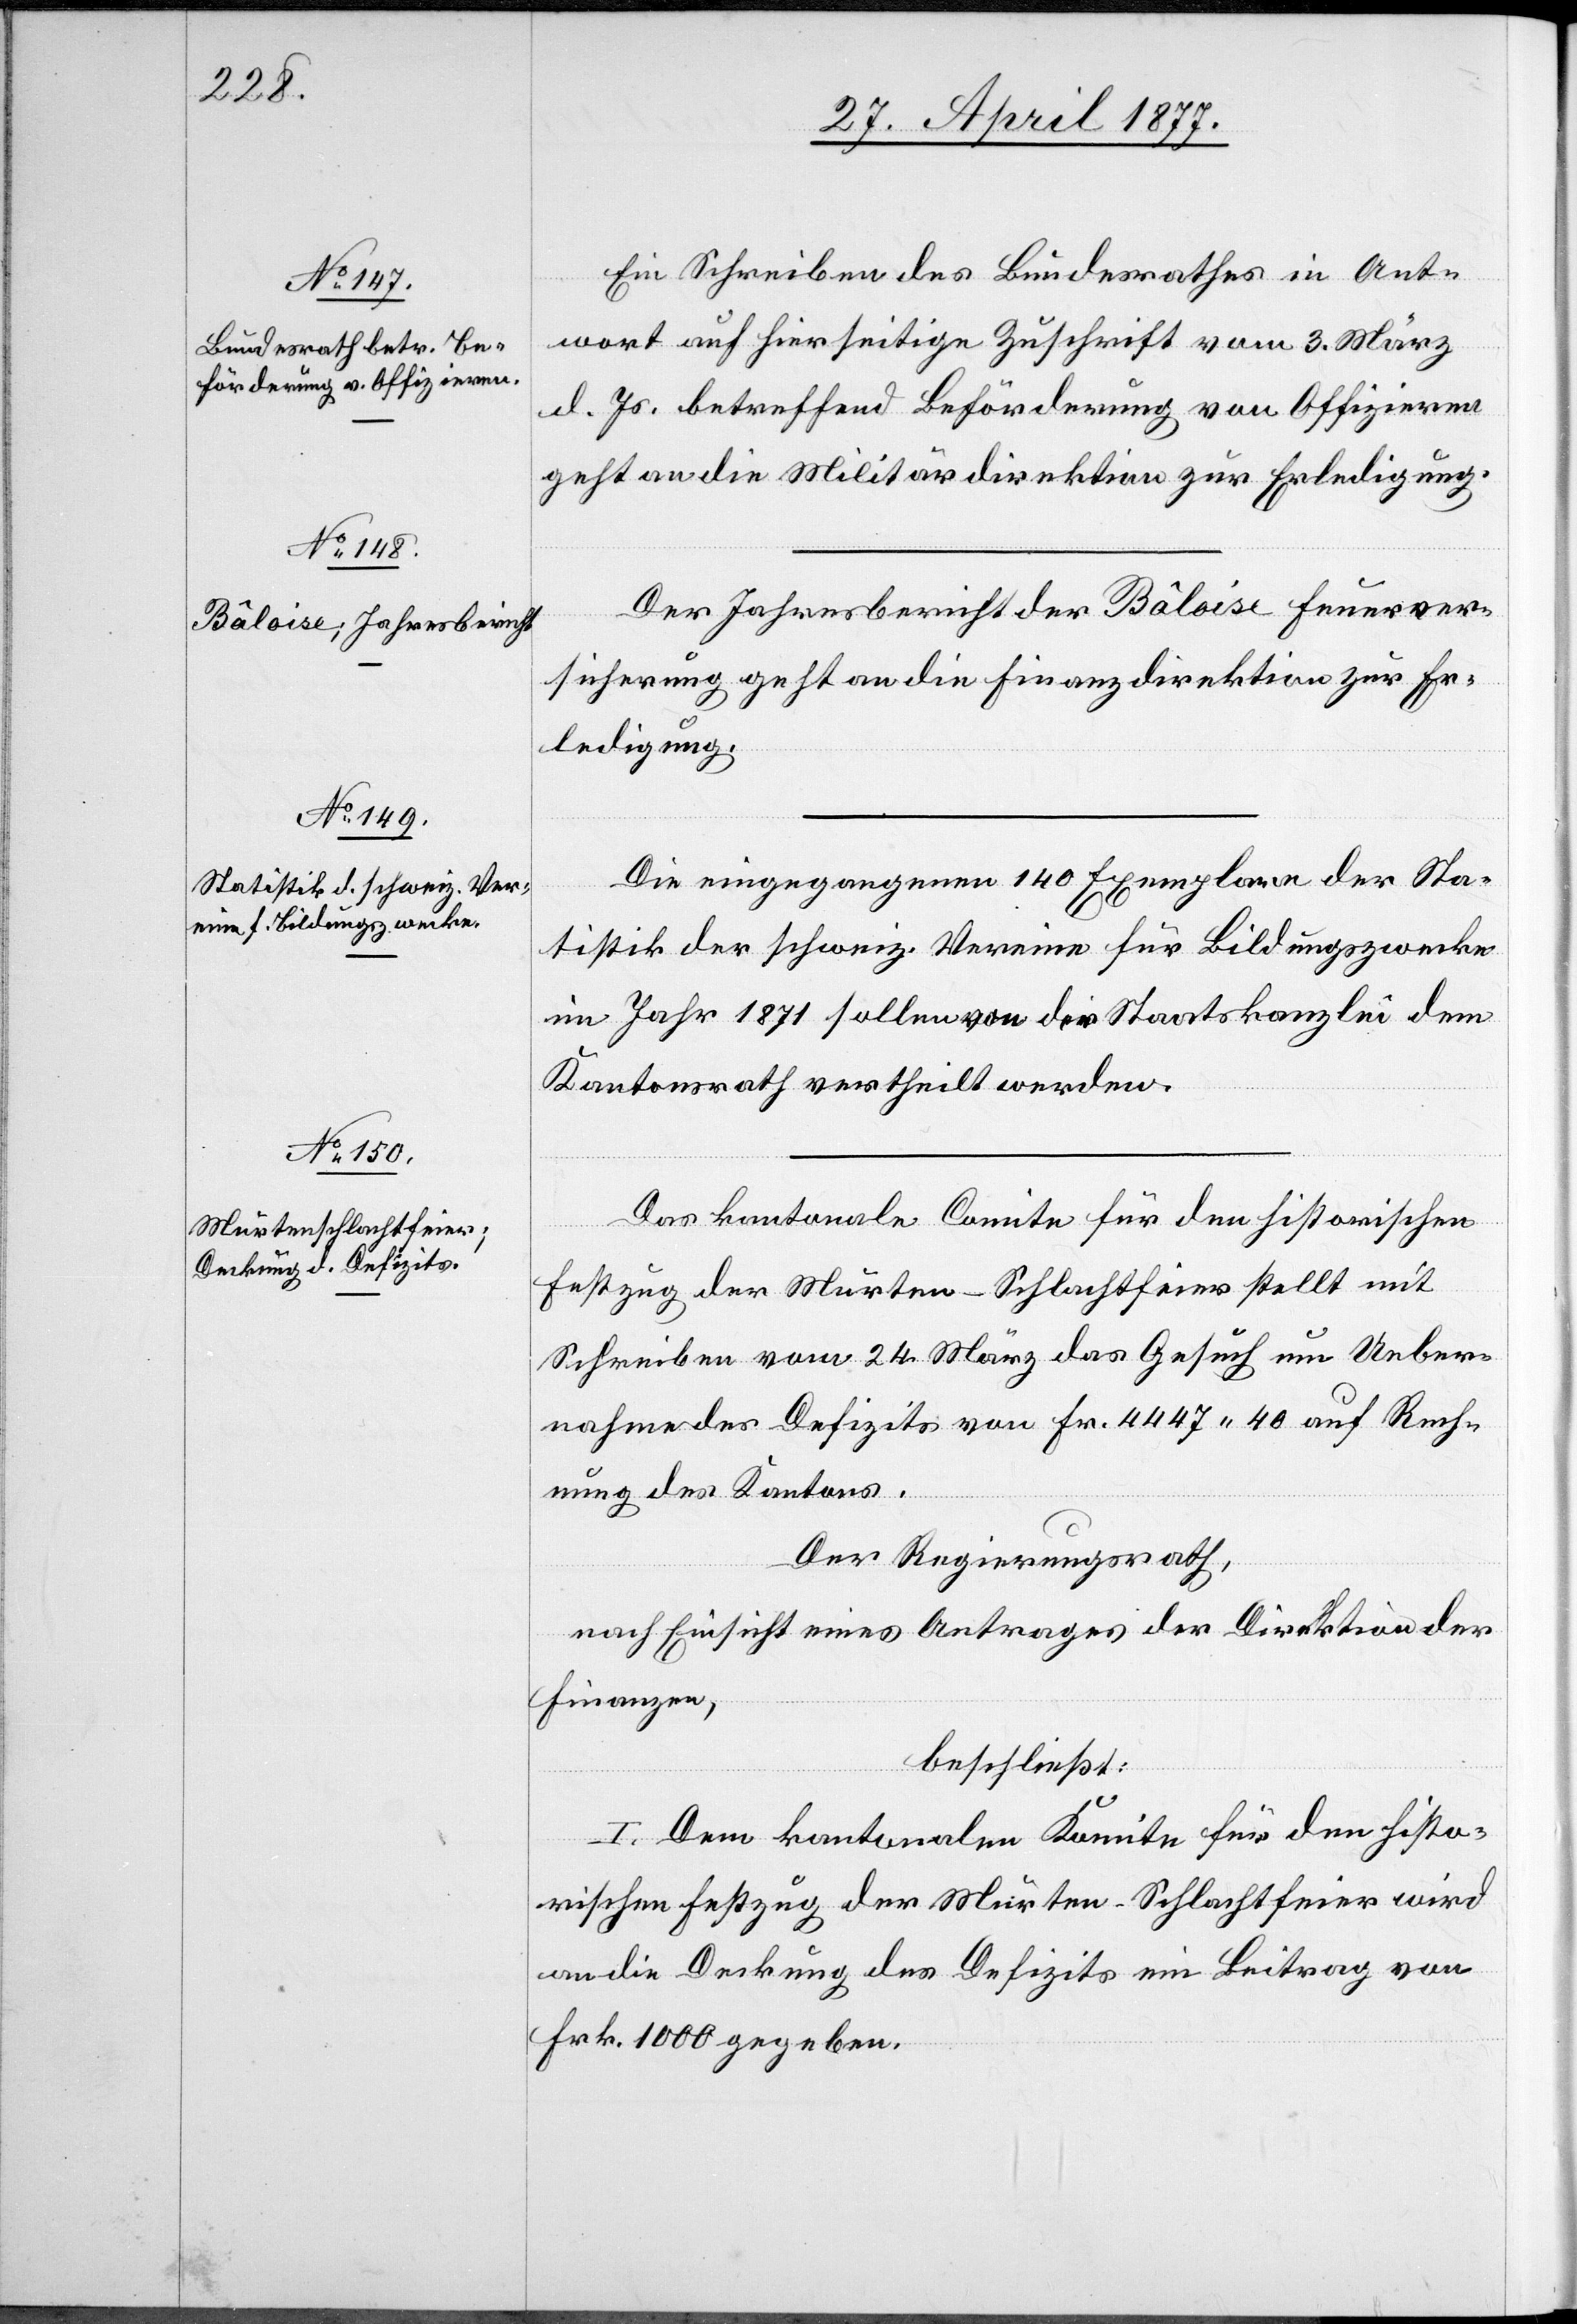
Ein Schreiben des Bundesrathes in Ant¬
wort auf hierseitige Zuschrift vom 3. März
d. Js. betreffend Beförderung von Offizieren
geht an die Militärdirektion zur Erledigung.
Der Jahresbericht der Bâloise Feuerver¬
sicherung geht an die Finanzdirektion zur Er¬
ledigung.
Die eingegangenen 140 Exemplare der Sta¬
tistik der schweiz. Vereine für Bildungszwecke
im Jahr 1871 sollen von der Staatskanzlei dem
Kantonsrath vertheilt werden.
Das kantonale Comite für den historischen
Festzug der Murten-Schlachtfeier stellt mit
Schreiben vom 24. März das Gesuch um Ueber¬
nahme des Defizits von Fr. 4447 40 auf Rech¬
nung des Kantons.
Der Regierungsrath,
nach Einsicht eines Antrages der Direktion des
Finanzen,
beschließt:
I. Dem kantonalen Komite für den histo¬
rischen Festzug der Murten-Schlachtfeier wird
an die Deckung des Defizits ein Beitrag von
Frk. 1000 gegeben.